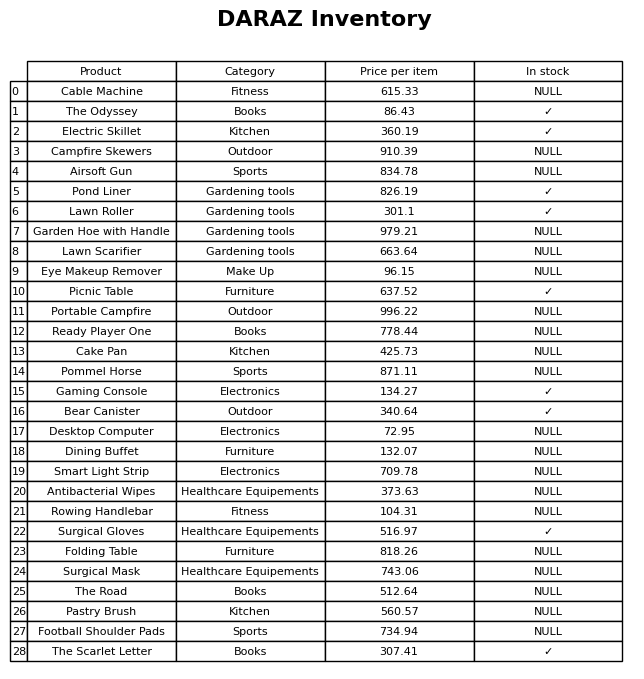
question: What is the price for The Scarlet Letter?
answer: The price of The Scarlet Letter is 307.41.